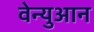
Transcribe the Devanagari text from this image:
वेन्युआन